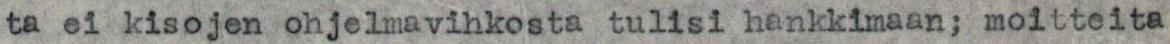
ta ei kisojen ohjelmavihkosta tulisi hankkimaan; moitteita